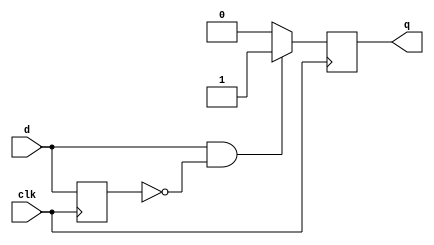
module SinglePulser(
	output reg q,
	input d,
	input wire clk
);

reg prev;

initial begin
	prev = 0;
	q = 0;
end

always @(posedge clk) begin
	if(d == 1 && prev == 0) q <= 1;
	else q <= 0;
	prev <= d;
end


endmodule